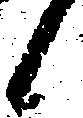
候